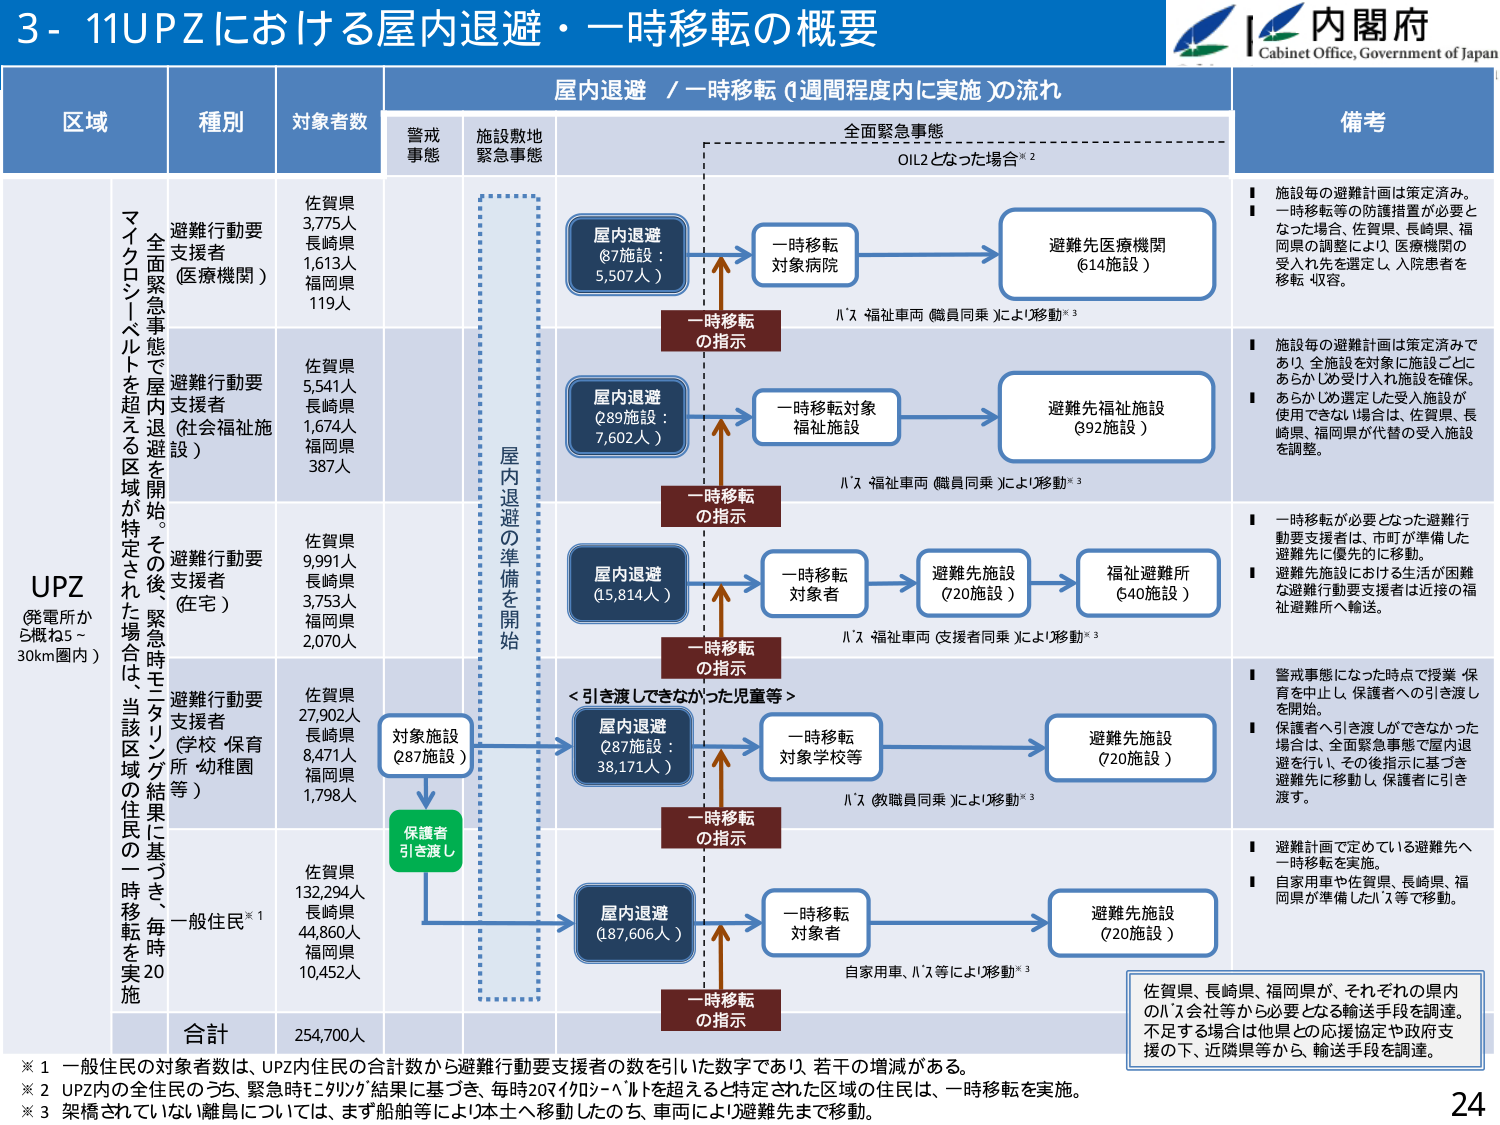
3- 11UPZにおける屋内退避・一時移転の概要
内閣府
Cabinet Office, Government of Japan

区域
種別
対象者数
屋内退避 / 一時移転 (1週間程度内に実施)の流れ
備考

警戒事態
施設敷地緊急事態
全面緊急事態
OIL2となった場合※2

UPZ
(発電所から概ね5～30km圏内)

マイクロレベルを超える区域が特定された場合、当該区域の住民の一時移転を実施。その後、緊急時はモニタリング結果に基づき、毎時20

避難行動要支援者 (医療機関)
佐賀県 3,775人
長崎県 1,613人
福岡県 119人

屋内退避
(87施設：5,507人)
→ 一時移転対象病院
→ 避難先医療機関 (614施設)
バス・福祉車両 (職員同乗) により移動※3

■ 施設毎の避難計画は策定済み。
■ 一時移転等の防護措置が必要となった場合、佐賀県、長崎県、福岡県の調整により、医療機関の受入れ先を選定し、入院患者を移転・収容。

避難行動要支援者 (社会福祉施設)
佐賀県 5,541人
長崎県 1,674人
福岡県 387人

屋内退避
(89施設：7,602人)
→ 一時移転対象福祉施設
→ 避難先福祉施設 (92施設)
バス・福祉車両 (職員同乗) により移動※3

■ 施設毎の避難計画は策定済みであり、全施設を対象に施設ごとにあらかじめ受け入れ施設を確保。
■ あらかじめ選定した受入れ施設が使用できない場合は、佐賀県、長崎県、福岡県が代替の受入施設を調整。

避難行動要支援者 (住宅)
佐賀県 9,991人
長崎県 3,753人
福岡県 2,070人

屋内退避
(15,814人)
→ 一時移転対象者
→ 避難先施設 (720施設)
→ 福祉避難所 (640施設)
バス・福祉車両 (支援者同乗) により移動※3

■ 一時移転が必要となった避難行動要支援者は、市町が準備した避難先に優先的に移動。
■ 避難先施設における生活が困難な避難行動要支援者は近接の福祉避難所へ輸送。

避難行動要支援者 (学校・保育所・幼稚園等)
佐賀県 27,902人
長崎県 8,471人
福岡県 1,798人

対象施設
(287施設)
→ 屋内退避
(287施設：38,171人)
→ 一時移転対象学校等
→ 避難先施設 (720施設)
バス (教職員同乗) により移動※3

■ 警戒事態になった時点で授業・保育を中止し、保護者への引き渡しを開始。
■ 保護者へ引き渡しができなかった場合は、全面緊急事態で屋内退避を行い、その後指示に基づき避難先に移動し、保護者に引き渡す。

一般住民※1
佐賀県 132,294人
長崎県 44,860人
福岡県 10,452人

屋内退避
(187,606人)
→ 一時移転対象者
→ 避難先施設 (720施設)
自家用車、バス等により移動※3

■ 避難計画で定めている避難先へ一時移転を実施。
■ 自家用車や佐賀県、長崎県、福岡県が準備したバス等で移動。

合計
254,700人

※1 一般住民の対象者数は、UPZ内の合計数から避難行動要支援者の数を引いた数字であり、若干の増減がある。
※2 UPZ内の全住民のうち、緊急時モニタリング結果に基づき、毎時20マイクロレベルを超えると特定された区域の住民は、一時移転を実施。
※3 架橋されていない離島については、まず船舶等により本土へ移動したのち、車両により避難先まで移動。

佐賀県、長崎県、福岡県が、それぞれの県内のバス会社等から必要となる輸送手段を調達。不足する場合は他県との応援協定や政府支援の下、近隣県等から、輸送手段を調達。

24